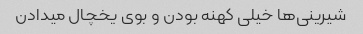
شیرینی‌ها خیلی کهنه بودن و بوی یخچال میدادن